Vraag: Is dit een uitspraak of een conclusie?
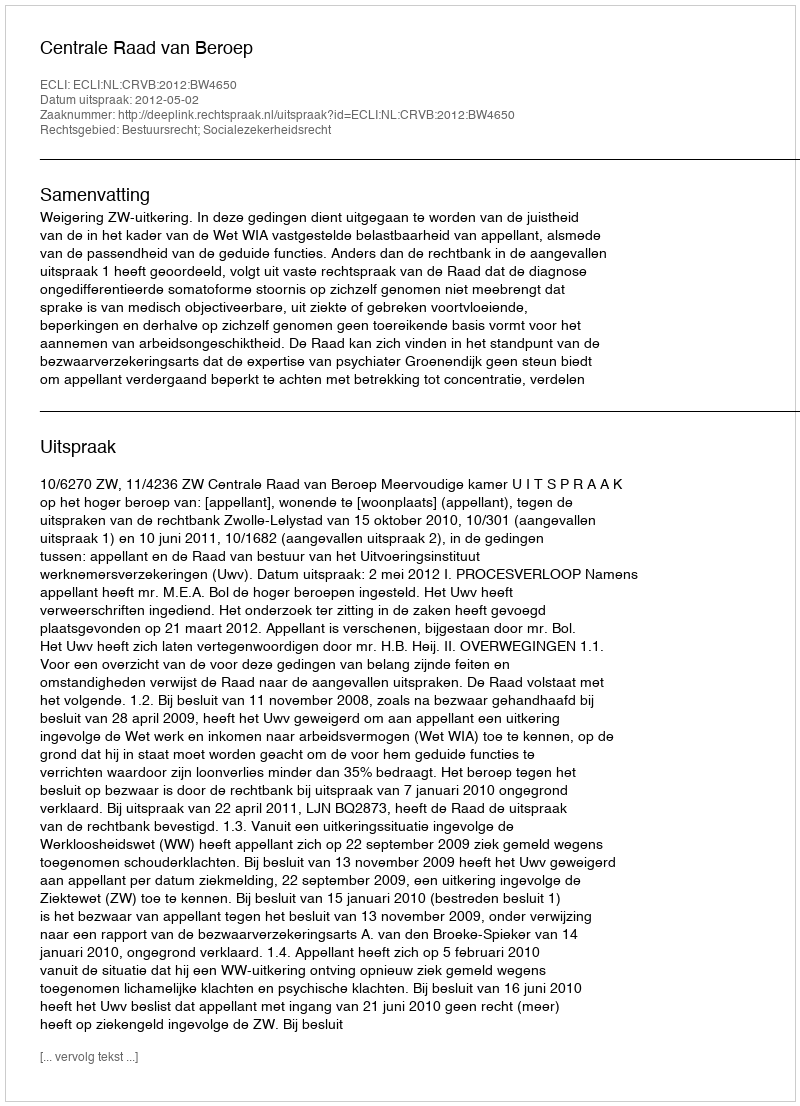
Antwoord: Uitspraak